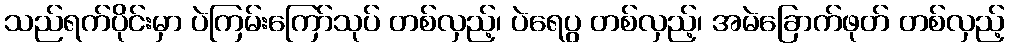
သည်ရက်ပိုင်းမှာ ပဲကြမ်းကြော်သုပ် တစ်လှည့်၊ ပဲရေပွ တစ်လှည့်၊ အမဲခြောက်ဖုတ် တစ်လှည့်